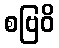
စဗြဝိ